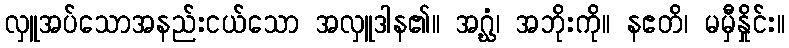
လှူအပ်သောအနည်းငယ်သော အလှူဒါန၏။ အဂ္ဃံ၊ အဘိုးကို။ နဧတိ၊ မမှီနှိုင်း။